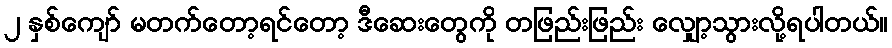
၂ နှစ်ကျော် မတက်တော့ရင်တော့ ဒီဆေးတွေကို တဖြည်းဖြည်း လျှော့သွားလို့ရပါတယ်။